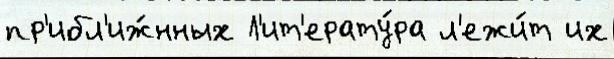
пр'ибл'иж́нных Л'ит'ерату́ра л'ежи́т их